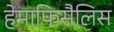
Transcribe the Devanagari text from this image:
हेमाफिसैलिस